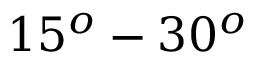
1 5 ^ { o } - 3 0 ^ { o }